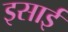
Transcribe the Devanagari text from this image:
इसार्इ